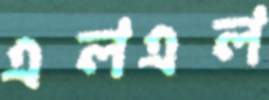
এলএল